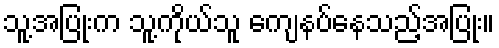
သူ့အပြုံးက သူ့ကိုယ်သူ ကျေနပ်နေသည့်အပြုံး။